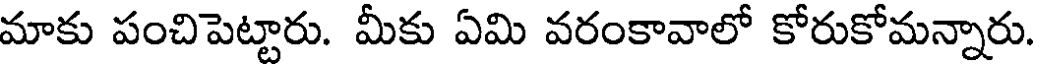
మాకు పంచిపెట్టారు. మీకు ఏమి వరంకావాలో కోరుకోమన్నారు.